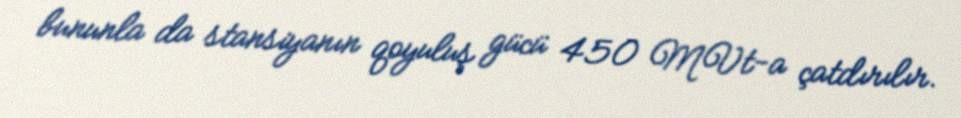
bununla da stansiyanın qoyuluş gücü 450 MVt-a çatdırılır.